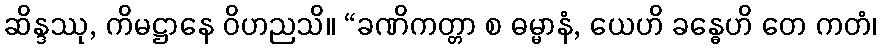
ဆိန္ဒဿု, ကိမဋ္ဌာနေ ဝိဟညသိ။ “ခဏိကတ္တာ စ ဓမ္မာနံ, ယေဟိ ခန္ဓေဟိ တေ ကတံ၊